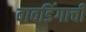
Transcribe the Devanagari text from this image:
वावडिंगाची